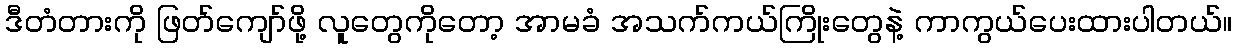
ဒီတံတားကို ဖြတ်ကျော်ဖို့ လူတွေကိုတော့ အာမခံ အသက်ကယ်ကြိုးတွေနဲ့ ကာကွယ်ပေးထားပါတယ်။